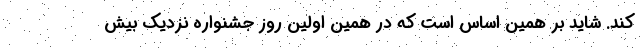
کند. شاید بر همین اساس است که در همین اولین روز جشنواره نزدیک بیش